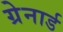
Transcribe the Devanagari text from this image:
ग्रेनार्ड